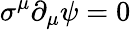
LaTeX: \sigma^{\mu}\partial_{\mu}\psi=0